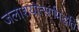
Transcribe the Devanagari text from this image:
जलाशयोत्सर्गपद्धतिः